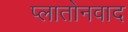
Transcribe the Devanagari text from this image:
प्लातोनवाद